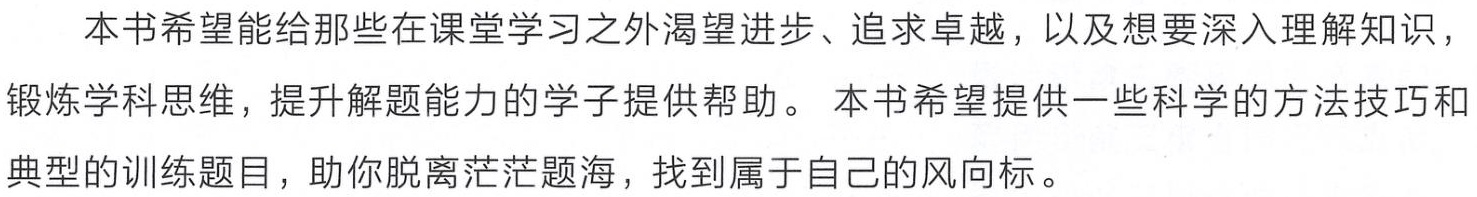
本书希望能给那些在课堂学习之外渴望进步、追求卓越，以及想要深入理解知识，

锻炼学科思维，提升解题能力的学子提供帮助。 本书希望提供一些科学的方法技巧和

典型的训练题目，助你脱离茫茫题海，找到属于自己的风向标。